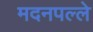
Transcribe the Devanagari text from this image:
मदनपल्ले